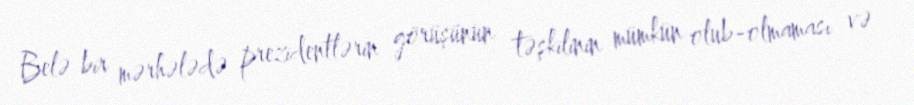
Belə bir mərhələdə prezidentlərin görüşünün təşkilinin mümkün olub-olmaması və